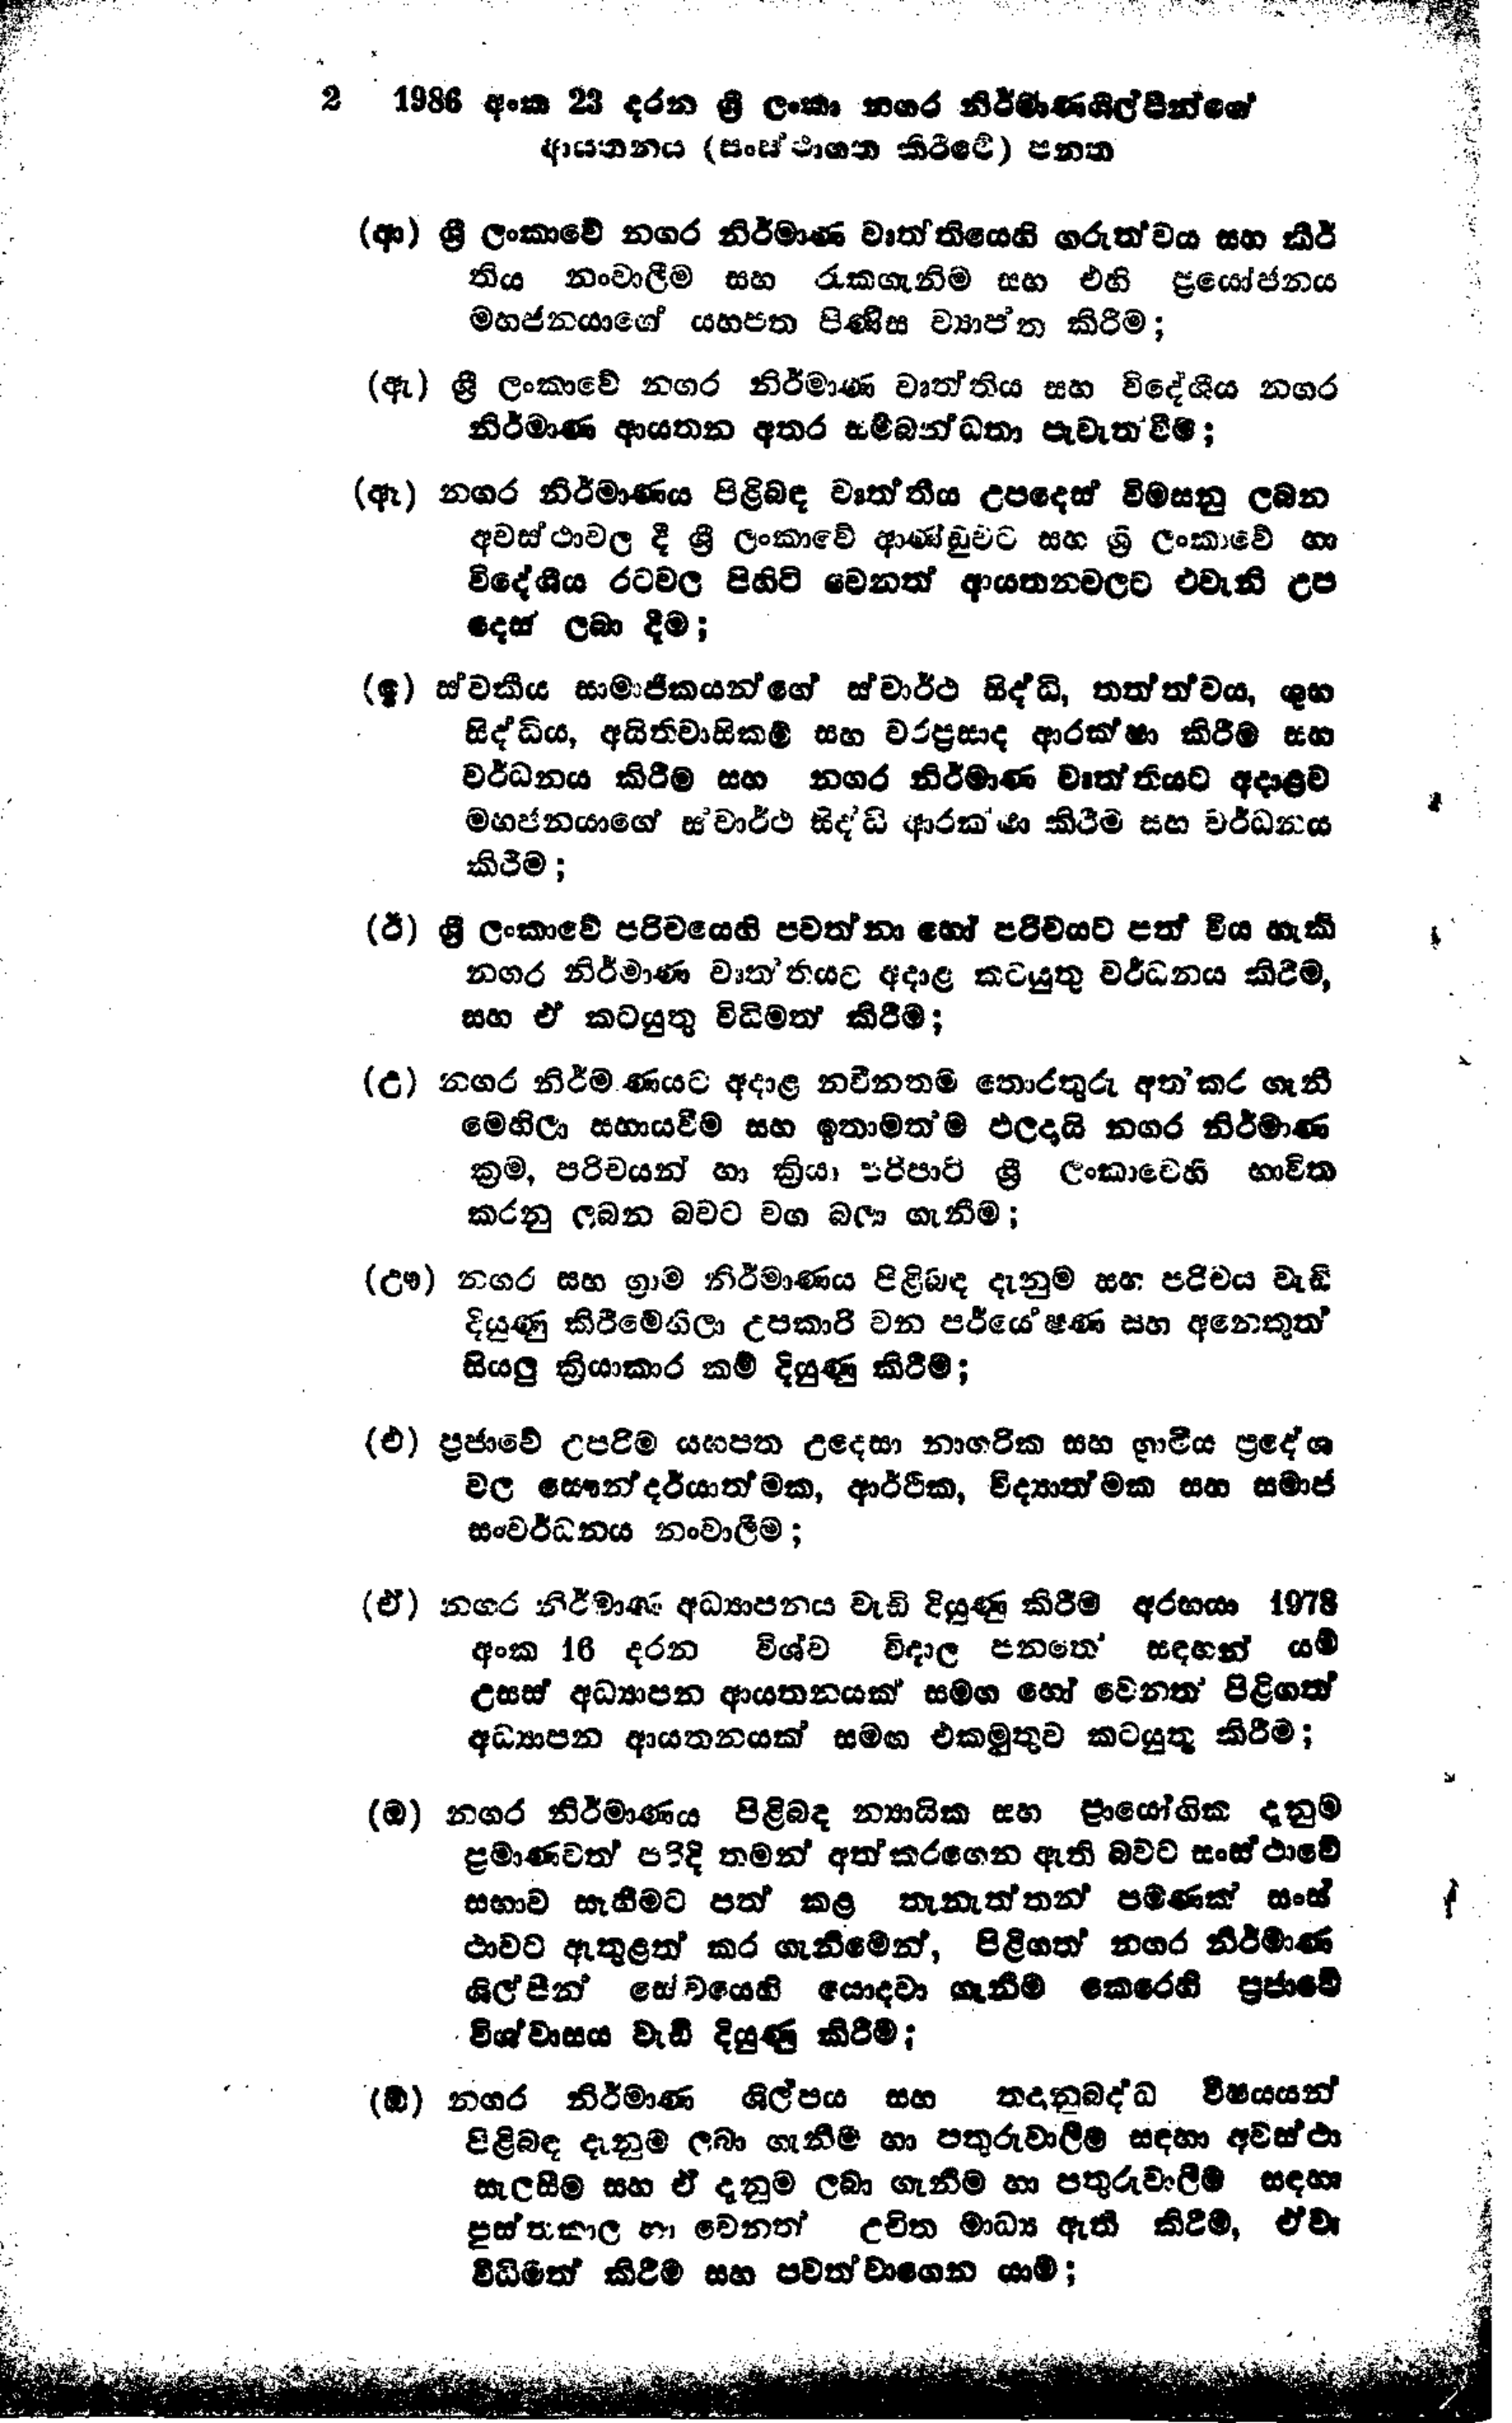
2 1986 අංක 23 දරන ශ්‍රී ලංකා නගර නිර්මාණශිල්පින්ගේ
ආයතනය (සංස්ථාගත කිරීමේ) පනත

(ආ) ශ්‍රී ලංකාවේ නගර නිර්මාණ වෘත්තියෙහි ගරුත්වය සහ කීර්
තිය නංවාලීම සහ රැකගැනිම සහ එහි ප්‍රයෝජනය
මහජනයාගේ යහපත පිණිස ව්‍යාප්ත කිරීම;

(ඇ) ශ්‍රී ලංකාවේ නගර නිර්මාණ වෘත්තිය සහ විදේශීය නගර
නිර්මාණ ආයතන අතර සම්බන්ධතා පැවැත්වීම,

(ඈ) නගර නිර්මාණය පිළිබඳ වෘත්තීය උපදෙස් විමසනු ලබන
අවස්ථාවල දී ශ්‍රී ලංකාවේ ආණ්ඩුවට සහ ශ්‍රී ලංකාවේ හා
විදේශීය රටවල පිහිටි වෙනත් ආයතනවලට එවැනි උප
දෙස් ලබා දීම;

(ඉ) ස්වකීය සාමාජිකයන්ගේ ස්වාර්ථ සිද්ධි, තත්ත්වය, ශුභ
සිද්ධිය, අයිතිවාසිකම් සහ වරප්‍රසාද ආරක්ෂා කිරීම සහ
වර්ධනය කිරීම සහ නගර නිර්මාණ වෘත්තියට අදාළව
මහජනයාගේ ස්වාර්ථ සිද්ධි ආරක්ෂා කිරීම සහ වර්ධනය
කිරීම;

(ඊ) ශ්‍රී ලංකාවේ පරිචයෙහි පවත්නා හෝ පරිචයට පත් විය හැකි
නගර නිර්මාණ වෘතතියට අදාළ කටයුතු වර්ධනය කිරීම,
සහ ඒ කටයුතු විධිමත් කිරීම;

(උ) නගර නිර්මාණයට අදාළ නවීනතම තොරතුරු අත්කර ගැනී
මෙහිලා සහායවීම සහ ඉතාමත්ම ඵලදායි නගර නිර්මාණ
ක්‍රම, පරිචයන් හා ක්‍රියා පරිපාටි ශ්‍රී ලංකාවෙහි භාවිත
කරනු ලබන බවට වග බලා ගැනීම;

(ඌ) නගර සහ ග්‍රාම නිර්මාණය පිළිබඳ දැනුම සහ පරිචය වැඩි
දියුණු කිරීමෙහිලා උපකාරි වන පර්යේෂණ සහ අනෙකුත්
සියලු ක්‍රියාකාර කම් දියුණු කිරීම;

(එ) ප්‍රජාවේ උපරිම යහපත උදෙසා නාගරික සහ ග්‍රාමීය ප්‍රදේශ
වල සෞන්දර්යාත්මක, ආර්ථික‍, විද්‍යාත්මක සහ සමාජ
සංවර්ධනය නංවාලීම;

(ඒ) නගර නිර්මාණ අධ්‍යාපනය වැඩි දියුණු කිරීම අරභයා 1978
අංක 16 දරන විශ්ව විදාල පනතේ සඳහන් යම්
උසස් අධ්‍යාපන ආයතනයක් සමග හෝ වෙනත් පිළිගත්
අධ්‍යාපන ආයතනයක් සමඟ එකමුතුව කටයුතු කිරීම;

(ඔ) නගර නිර්මාණය පිළිබඳ න්‍යායික සහ ප්‍රායෝගික දැනුම
ප්‍රමාණවත් පරිදි තමන් අත් කරගෙන ඇති බවට සංස්ථාවේ
සභාව සැහීමට පත් කළ තැනැත්තන් පමණක් සංස්
ථාවට ඇතුළත් කර ගැනීමෙන්, පිළිගත් නගර නිර්මාණ
ශිල්පින් සේවයෙහි යොදවා ගැනීම් කෙරෙහි ප්‍රජාවේ
විශ්වාසය වැඩි දියුණු කිරීම්;

(ඕ) නගර නිර්මාණ ශිල්පය සහ තදානුබද්ධ විෂයයන්
පිළිබඳ දැනුම ලබා ගැනීම හා පතුරුවාලීම සඳහා අවස්ථා
සැලසීම සහ ඒ දැනුම ලබා ගැනීම හා පතුරුවාලීම් සඳහා
පුස්තකාල හා වෙනත් උචිත මාධ්‍ය ඇති කිරීම්, ඒවා
විධිමත් කිරීම සහ පවත්වාගෙන යාම;